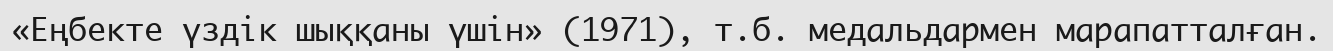
«Еңбекте үздік шыққаны үшін» (1971), т.б. медальдармен марапатталған.